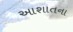
આશાતના